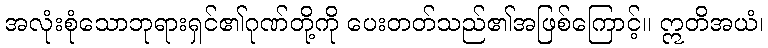
အလုံးစုံသောဘုရားရှင်၏ဂုဏ်တို့ကို ပေးတတ်သည်၏အဖြစ်ကြောင့်။ ဣတိအယံ၊